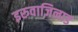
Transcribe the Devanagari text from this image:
इरुवाज़िनाड